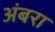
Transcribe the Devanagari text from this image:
अंबरा